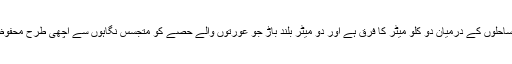
ان دو علیحدہ ساحلوں کے درمیان دو کلو میٹر کا فرق ہے اور دو میٹر بلند باڑ جو عورتوں والے حصے کو متجسس نگاہوں سے اچھی طرح محفوظ رکھتی ہے۔